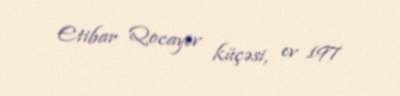
Etibar Qocayev küçəsi, ev 197